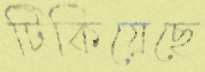
টিকিয়েছে